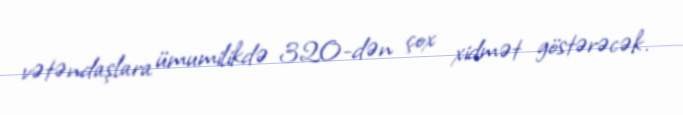
vətəndaşlara ümumilikdə 320-dən çox xidmət göstərəcək.